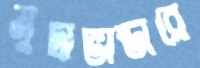
মুদ্রাভান্ডারে